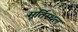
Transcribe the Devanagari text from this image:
मूर्तिस्थल